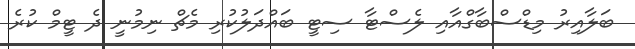
ބަލާއިރު މިޑްސްބާގްއާއި ލެސްޓާ ސިޓީ ބައްދަލުކުރި މެޗް ނިމުނީ ދެ ޓީމް ކުރެ